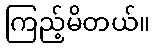
ကြည့်မိတယ်။